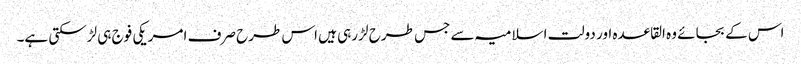
اس کے بجائے وہ القاعدہ اور دولت اسلامیہ سے جس طرح لڑ رہی ہیں اس طرح صرف امریکی فوج ہی لڑسکتی ہے۔